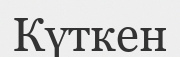
Күткен